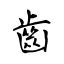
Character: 齒